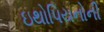
ઇથોપિયનોની